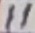
Text: 11